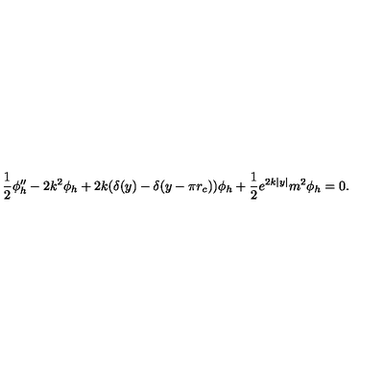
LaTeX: \frac { 1 } { 2 } \phi _ { h } ^ { \prime \prime } - 2 k ^ { 2 } \phi _ { h } + 2 k ( \delta ( y ) - \delta ( y - \pi r _ { c } ) ) \phi _ { h } + \frac { 1 } { 2 } e ^ { 2 k | y | } m ^ { 2 } \phi _ { h } = 0 .